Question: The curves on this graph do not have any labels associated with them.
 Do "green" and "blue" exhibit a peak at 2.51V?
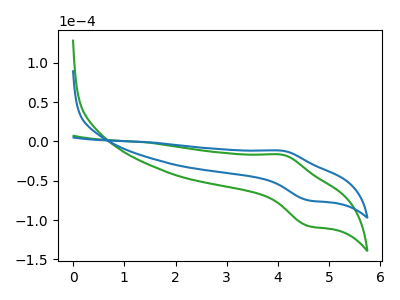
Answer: <think>The green curve "green" has an anodic peak at (4.10V, -17.00uA) and a cathodic peak at (4.60V, -107.65uA). The blue curve "blue" has an anodic peak at (4.10V, -11.85uA) and a cathodic peak at (4.60V, -74.95uA).</think>
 <answer>No, "green" and "blue" dont share a peak at 2.51V.</answer>
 <eval>mismatch</eval>